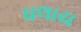
ઘલાય